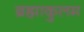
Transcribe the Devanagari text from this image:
ब्रह्माकुलम